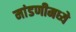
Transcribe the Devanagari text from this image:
मांडणीमध्ये